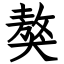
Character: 獒